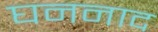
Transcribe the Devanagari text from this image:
घननाद